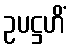
ဥပဋ္ဌဟိံ